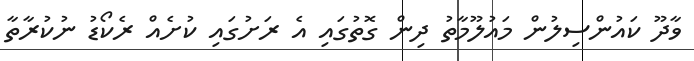
ވާދޫ ކައުންސިލުން މައުލޫމާތު ދިން ގޮތުގައި އެ ރަށުގައި ކުށެއް ރެކޯޑު ނުކުރާތާ